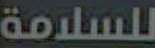
للسلامة